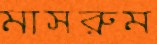
মাসরুম